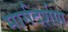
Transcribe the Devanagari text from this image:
मार्गदर्शण